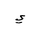
Letter: _ya